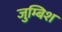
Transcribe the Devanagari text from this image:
जुम्बिश